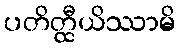
ပတိတ္ထီယိဿာမိ